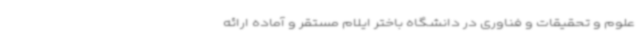
علوم و تحقیقات و فناوری در دانشگاه باختر ایلام مستقر و آماده ارائه